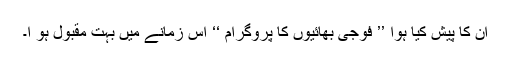
ان کا پیش کیا ہوا ’’ فوجی بھائیوں کا پروگرام ‘‘ اس زمانے میں بہت مقبول ہو ا۔